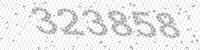
Solution: 323858